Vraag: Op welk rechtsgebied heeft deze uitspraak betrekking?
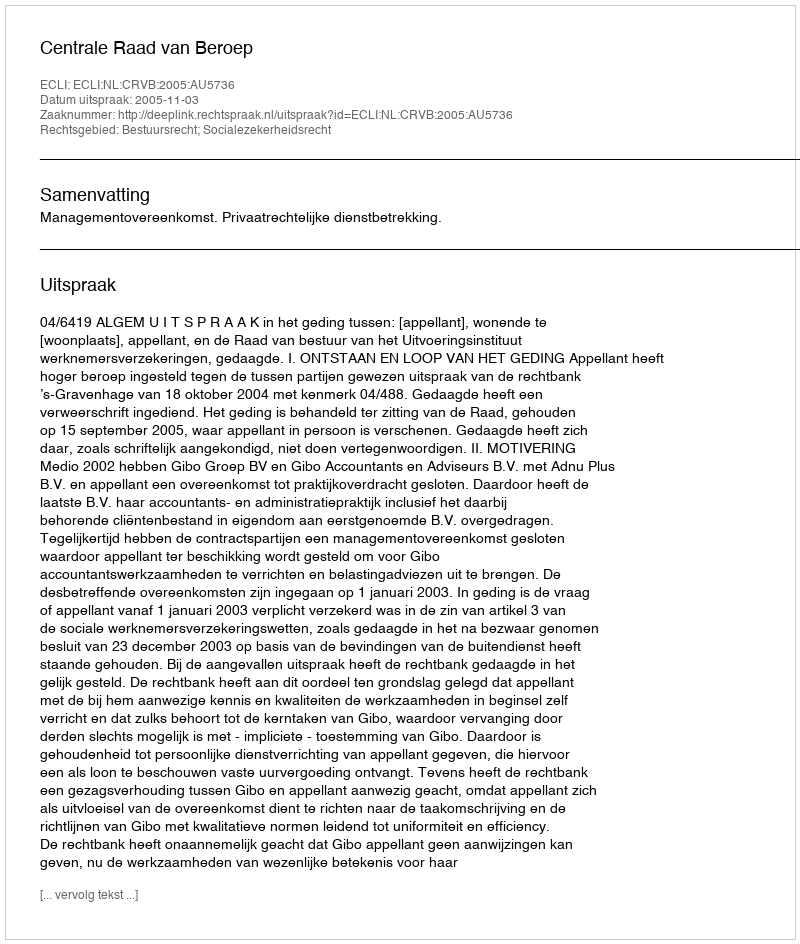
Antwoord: Bestuursrecht; Socialezekerheidsrecht